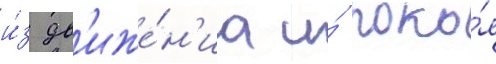
и́з дв'иже́н'иа и́ поко́я